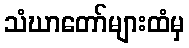
သံဃာတော်များထံမှ